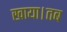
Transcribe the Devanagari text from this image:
खाया।तब